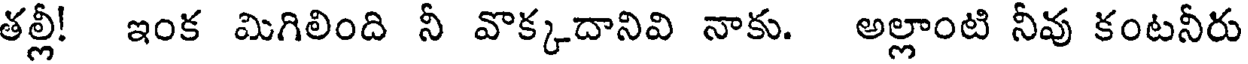
తల్లీ! ఇంక మిగిలింది నీ వొక్కదానివి నాకు. అల్లాంటి నీవు కంటనీరు